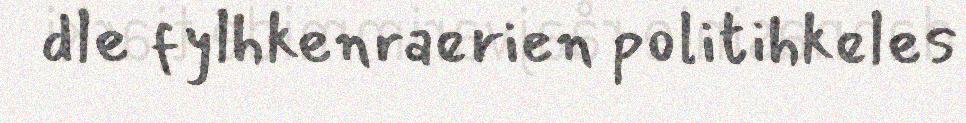
dle fylhkenraerien politihkeles